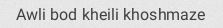
Awli bod kheili khoshmaze